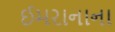
ઈમરાનાના